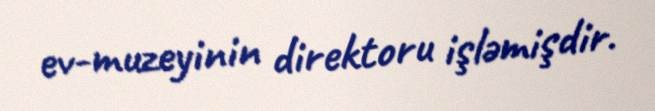
ev-muzeyinin direktoru işləmişdir.